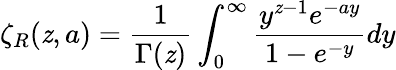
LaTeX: \zeta_{R}(\mathit{z},a)={\frac{{1}}{{\Gamma(\mathit{z})}}}\int_{0}^{\infty}{\frac{{y^{\mathit{z}-1}e^{-ay}}}{{1-e^{-y}}}}dy